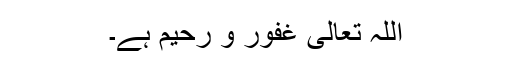
اللہ تعالیٰ غفور و رحیم ہے۔